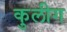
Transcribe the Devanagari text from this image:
कुलीग